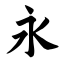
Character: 永